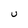
Character: U